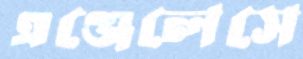
এঞ্জেলেসে